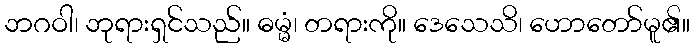
ဘဂဝါ၊ ဘုရားရှင်သည်။ ဓမ္မံ၊ တရားကို။ ဒေသေသိ၊ ဟောတော်မူ၏။